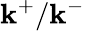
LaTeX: \mathbf{k}^{+}/\mathbf{k}^{-}